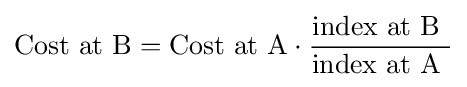
{\text{Cost at B}}={\text{Cost at A}}\cdot {\frac {\text{index at B }}{\text{index at A }}}